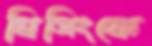
ঘিসিংকে